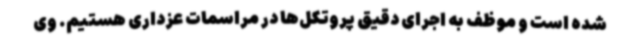
شده است و موظف به اجرای دقیق پروتکل‌ها در مراسمات عزداری هستیم. وی